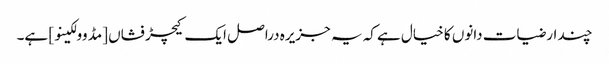
چند ارضیات دانوں کا خیال ہے کہ یہ جزیرہ دراصل ایک کیچڑ فشاں [مڈ وولکینو] ہے۔